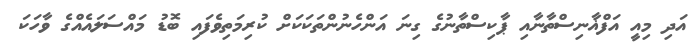
އަދި މިއީ އަފްޣާނިސްތާނާއި ޕާކިސްތާނުގެ ގިނަ އަންހެނުންތަކަކަށް ކުރިމަތިވެފައި ބޮޑު މައްސަލައެއްގެ ވާހަކަ